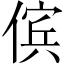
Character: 傧